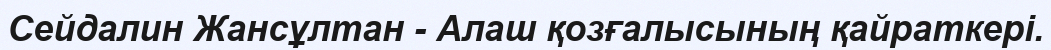
Сейдалин Жансұлтан - Алаш қозғалысының қайраткері.